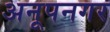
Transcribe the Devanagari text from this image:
अनूपनगर